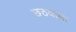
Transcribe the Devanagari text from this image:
छठवाला